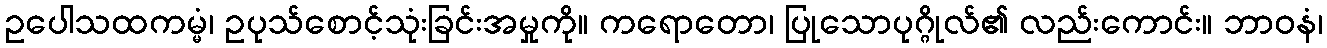
ဥပေါသထကမ္မံ၊ ဥပုသ်စောင့်သုံးခြင်းအမှုကို။ ကရောတော၊ ပြုသောပုဂ္ဂိုလ်၏ လည်းကောင်း။ ဘာဝနံ၊